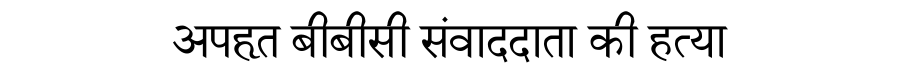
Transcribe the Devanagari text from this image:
अपहृत बीबीसी संवाददाता की हत्या